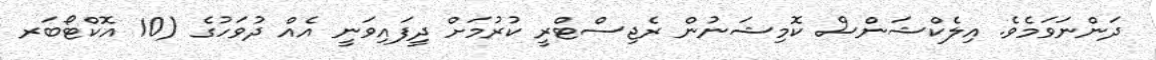
ދަންނަވަމެވެ. އިލެކްޝަންސް ކޮމިޝަނުން ރެޖިސްޓްރީ ކުރުމަށް ދީފައިވަނީ އެއް ދުވަހުގެ (10 އޮކްޓޯބަރ